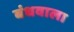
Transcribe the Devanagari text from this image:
बंधवाला